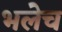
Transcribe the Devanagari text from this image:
भलेच